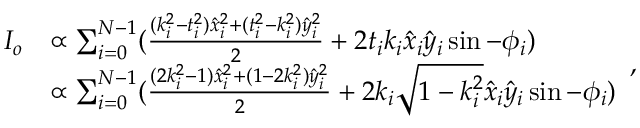
\begin{array} { r l } { I _ { o } } & { \propto \sum _ { i = 0 } ^ { N - 1 } ( \frac { ( k _ { i } ^ { 2 } - t _ { i } ^ { 2 } ) \hat { x } _ { i } ^ { 2 } + ( t _ { i } ^ { 2 } - k _ { i } ^ { 2 } ) \hat { y } _ { i } ^ { 2 } } { 2 } + 2 t _ { i } k _ { i } \hat { x } _ { i } \hat { y } _ { i } \sin - \phi _ { i } ) } \\ & { \propto \sum _ { i = 0 } ^ { N - 1 } ( \frac { ( 2 k _ { i } ^ { 2 } - 1 ) \hat { x } _ { i } ^ { 2 } + ( 1 - 2 k _ { i } ^ { 2 } ) \hat { y } _ { i } ^ { 2 } } { 2 } + 2 k _ { i } \sqrt { 1 - k _ { i } ^ { 2 } } \hat { x } _ { i } \hat { y } _ { i } \sin - \phi _ { i } ) } \end{array} ,